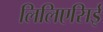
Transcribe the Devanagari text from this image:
लिलिएसिई